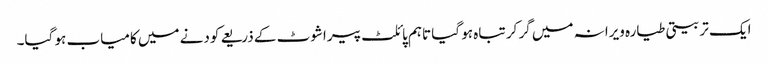
ایک تربیتی طیارہ ویرانہ میں گر کر تباہ ہو گیا تاہم پائلٹ پیراشوٹ کے ذریعے کودنے میں کامیاب ہو گیا۔